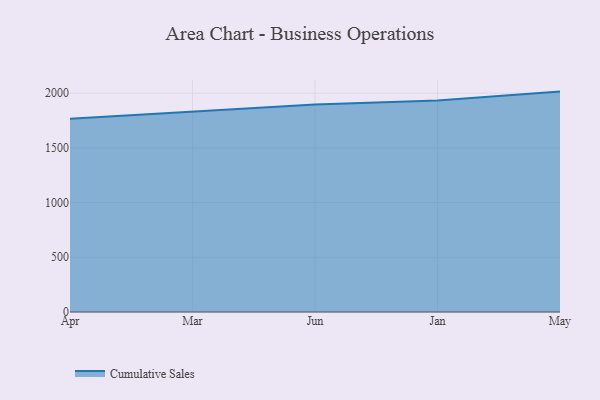
{"axis": {"x": "Month", "y": "Page Views"}, "legend": ["Cumulative Sales"], "data": [{"x": "Apr", "y": 1765.8, "type": "Cumulative Sales"}, {"x": "Mar", "y": 1832.8, "type": "Cumulative Sales"}, {"x": "Jun", "y": 1896.0, "type": "Cumulative Sales"}, {"x": "Jan", "y": 1931.8, "type": "Cumulative Sales"}, {"x": "May", "y": 2013.8, "type": "Cumulative Sales"}]}